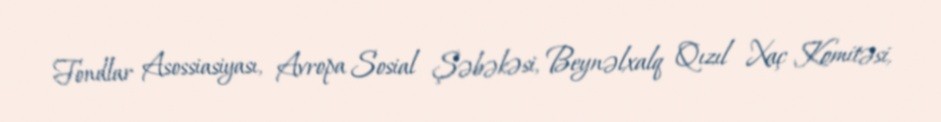
Fondlar Asossiasiyası, Avropa Sosial Şəbəkəsi, Beynəlxalq Qızıl Xaç Komitəsi,